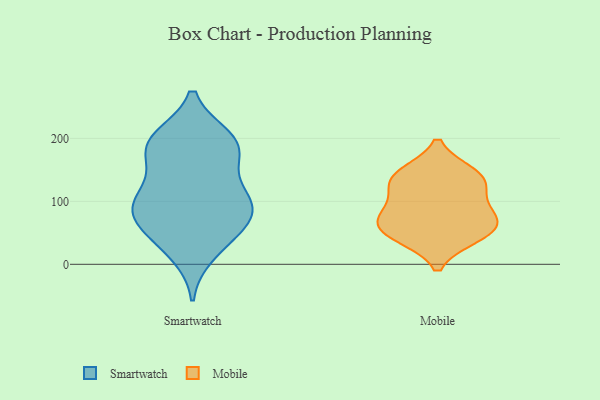
{"axis": {"x": "Inventory Turnover", "y": "Value"}, "legend": ["Mobile", "Smartwatch"], "data": [{"x": "", "y": 36, "type": "Smartwatch"}, {"x": "", "y": 196, "type": "Smartwatch"}, {"x": "", "y": 102, "type": "Smartwatch"}, {"x": "", "y": 67, "type": "Smartwatch"}, {"x": "", "y": 104, "type": "Smartwatch"}, {"x": "", "y": 156, "type": "Smartwatch"}, {"x": "", "y": 187, "type": "Smartwatch"}, {"x": "", "y": 200, "type": "Smartwatch"}, {"x": "", "y": 17, "type": "Smartwatch"}, {"x": "", "y": 190, "type": "Smartwatch"}, {"x": "", "y": 80, "type": "Smartwatch"}, {"x": "", "y": 120, "type": "Smartwatch"}, {"x": "", "y": 85, "type": "Smartwatch"}, {"x": "", "y": 92, "type": "Smartwatch"}, {"x": "", "y": 57, "type": "Smartwatch"}, {"x": "", "y": 188, "type": "Smartwatch"}, {"x": "", "y": 145, "type": "Mobile"}, {"x": "", "y": 72, "type": "Mobile"}, {"x": "", "y": 144, "type": "Mobile"}, {"x": "", "y": 76, "type": "Mobile"}, {"x": "", "y": 87, "type": "Mobile"}, {"x": "", "y": 43, "type": "Mobile"}, {"x": "", "y": 121, "type": "Mobile"}, {"x": "", "y": 46, "type": "Mobile"}, {"x": "", "y": 128, "type": "Mobile"}, {"x": "", "y": 56, "type": "Mobile"}]}